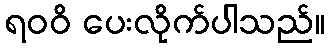
ရဝဝိ ပေးလိုက်ပါသည်။